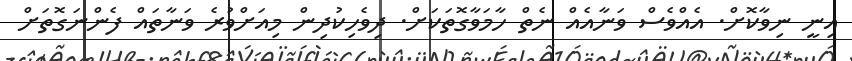
އިނީ ނިވާކޮށް. އެއްވެސް ވަނާއެއް ނެތް ހާމަވާގޮތަކަށް. ދިވެހިކުދިން މިއަށްވުރެ ވަނާތައް ފެންނަގޮތަށް